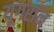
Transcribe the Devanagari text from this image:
यूगरान